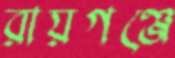
রায়গঞ্জে